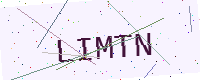
Text: LIMTN